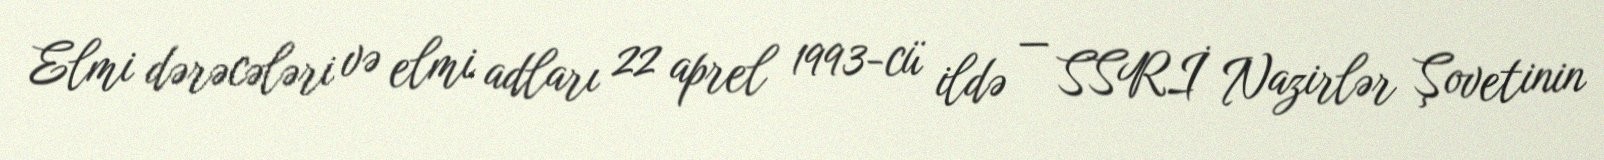
Elmi dərəcələri və elmi adları 22 aprel 1993-cü ildə — SSRİ Nazirlər Şovetinin